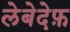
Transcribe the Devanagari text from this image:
लेबेदेफ़